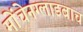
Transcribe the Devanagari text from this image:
मोंचेनग्लाडबाच